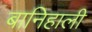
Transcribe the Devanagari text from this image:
बानिहाली